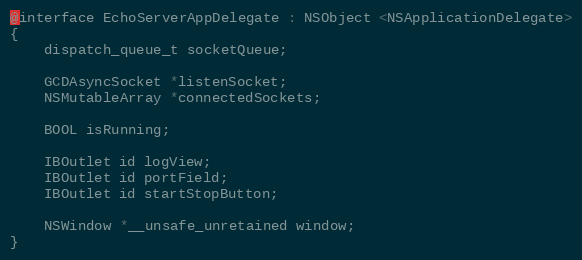
Language: C
@interface EchoServerAppDelegate : NSObject <NSApplicationDelegate>
{
	dispatch_queue_t socketQueue;

	GCDAsyncSocket *listenSocket;
	NSMutableArray *connectedSockets;

	BOOL isRunning;

	IBOutlet id logView;
	IBOutlet id portField;
	IBOutlet id startStopButton;

	NSWindow *__unsafe_unretained window;
}